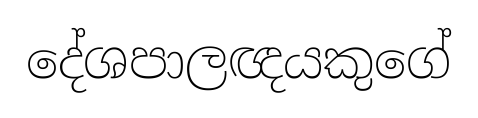
දේශපාලඥයකුගේ